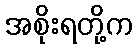
အစိုးရတို့က